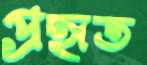
প্রহৃত